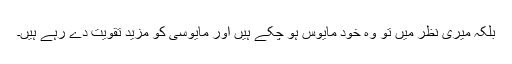
بلکہ میری نظر میں تو وہ خود مایوس ہو چکے ہیں اور مایوسی کو مزید تقویت دے رہے ہیں۔